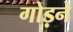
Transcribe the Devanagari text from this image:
गोड़ने